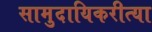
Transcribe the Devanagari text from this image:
सामुदायिकरीत्या